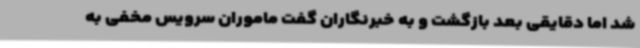
شد اما دقایقی بعد بازگشت و به خبرنگاران گفت ماموران سرویس مخفی به